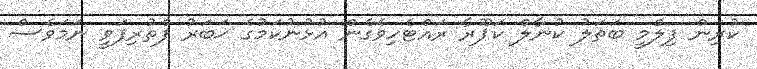
ކުރިން ފިލްމީ ބަތަލު ކުނާލް ކަޕޫރާ ރައްޓެހިވެގެން އުޅުނުކަމުގެ ޚަބަރު ފެތުރިފަވީ ނަމަވެސް